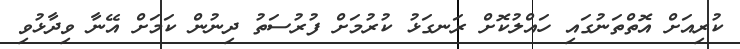
ކުރިއަށް އޮތްތަނުގައި ހައްލުކޮށް ރަނގަޅު ކުރުމަށް ފުރުސަތު ދިނުން ކަމަށް އޭނާ ވިދާޅުވި